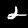
Label: 2